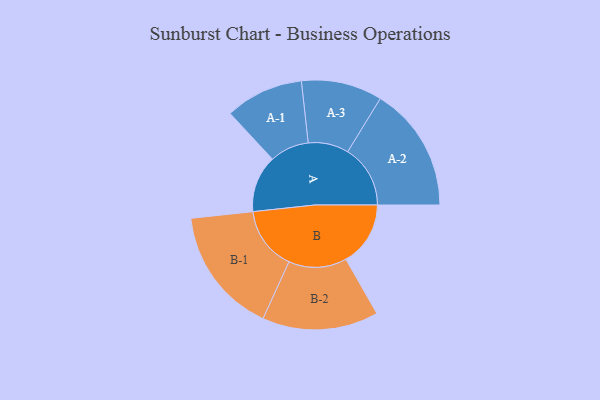
{"axis": {"x": "Segment", "y": "Value"}, "legend": ["", "A", "B"], "data": [{"x": "A", "y": 265, "type": ""}, {"x": "B", "y": 300, "type": ""}, {"x": "A-1", "y": 182, "type": "A"}, {"x": "A-2", "y": 291, "type": "A"}, {"x": "A-3", "y": 188, "type": "A"}, {"x": "B-1", "y": 295, "type": "B"}, {"x": "B-2", "y": 270, "type": "B"}]}